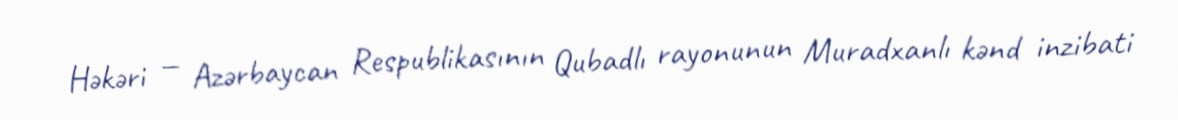
Həkəri — Azərbaycan Respublikasının Qubadlı rayonunun Muradxanlı kənd inzibati